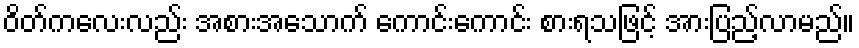
ဝိတ်ကလေးလည်း အစားအသောက် ကောင်းကောင်း စားရသဖြင့် အားပြည့်လာမည်။